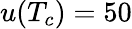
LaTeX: u(T_{c})=50